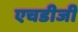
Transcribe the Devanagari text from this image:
एचडीजी